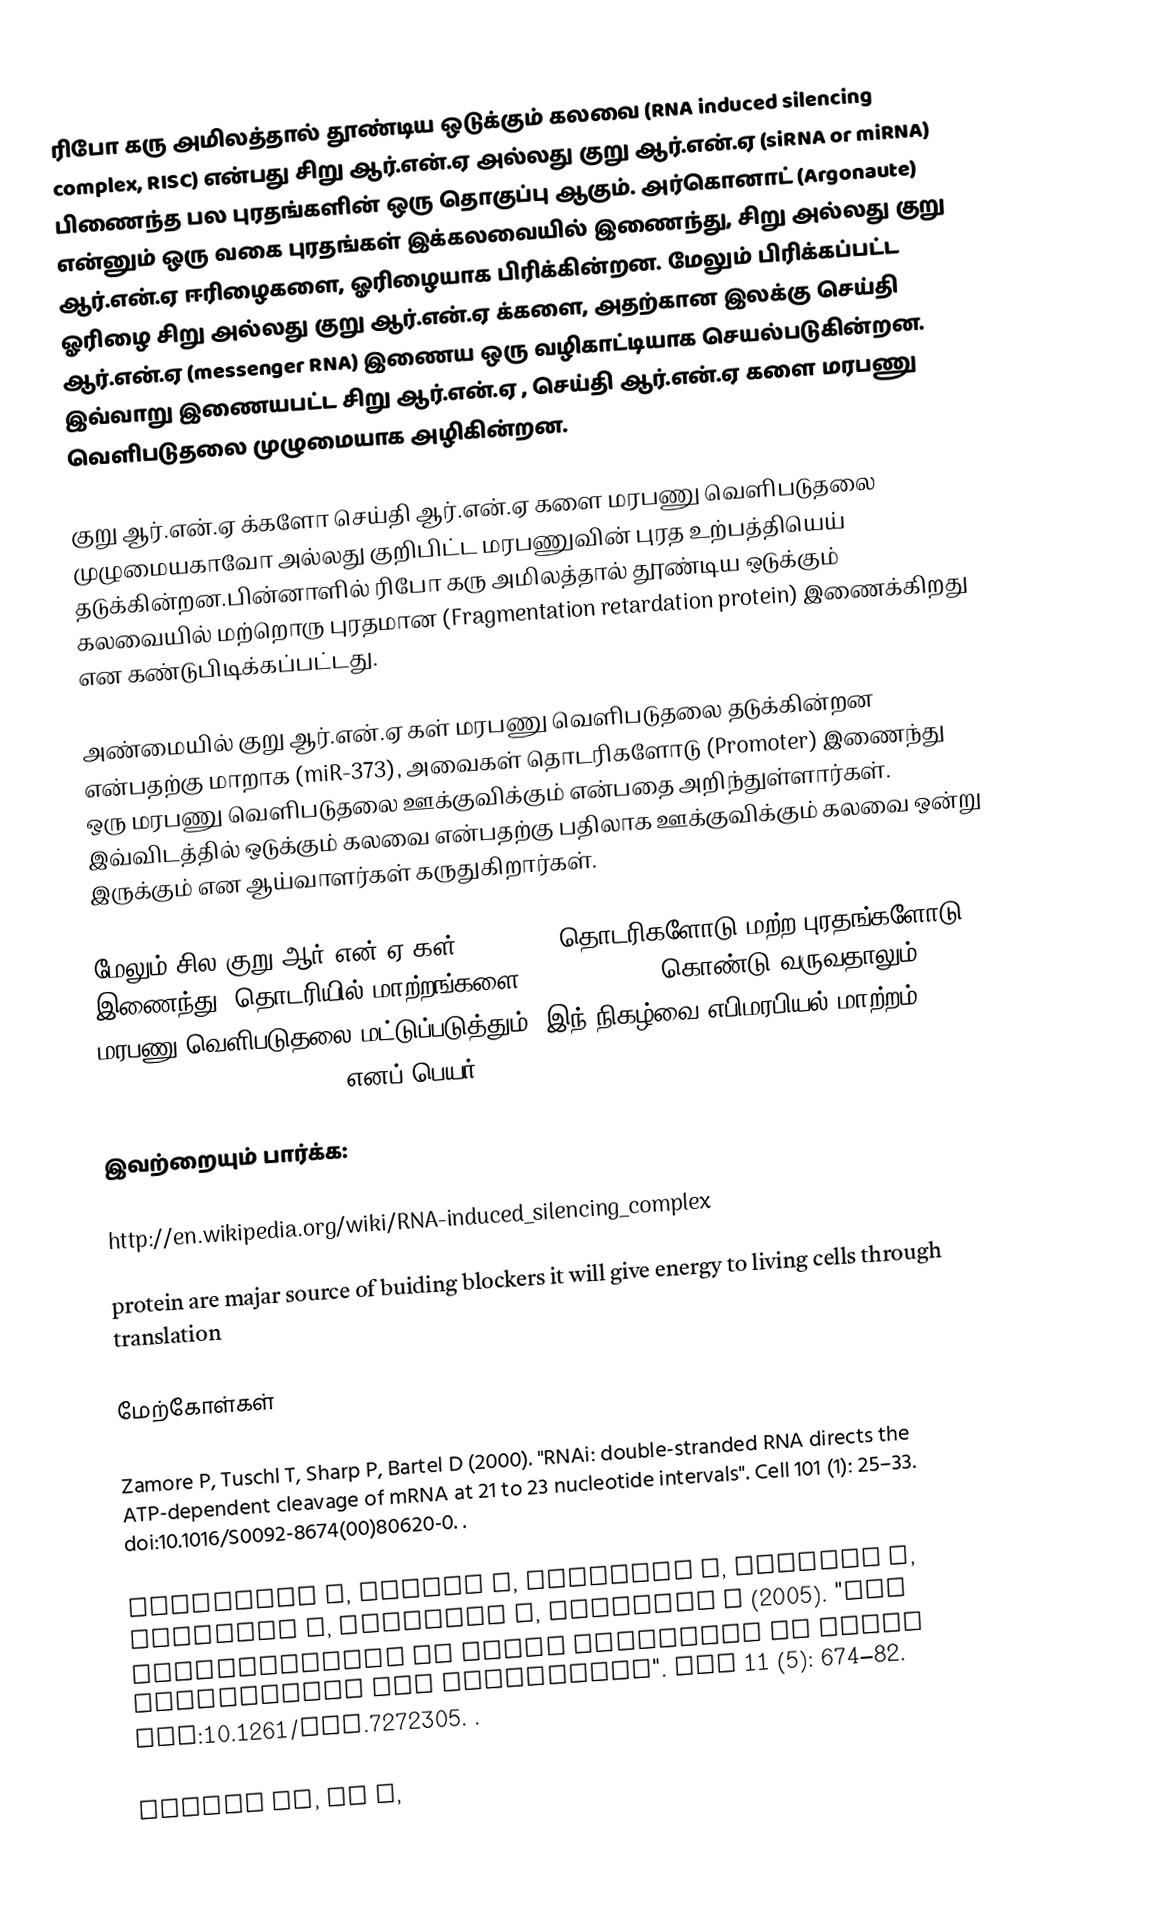
ரிபோ கரு அமிலத்தால் தூண்டிய ஒடுக்கும் கலவை (RNA induced silencing complex, RISC) என்பது சிறு ஆர்.என்.ஏ அல்லது குறு ஆர்.என்.ஏ (siRNA or miRNA) பிணைந்த பல புரதங்களின் ஒரு தொகுப்பு ஆகும். அர்கொனாட் (Argonaute) என்னும் ஒரு வகை புரதங்கள் இக்கலவையில் இணைந்து, சிறு அல்லது குறு ஆர்.என்.ஏ ஈரிழைகளை, ஓரிழையாக பிரிக்கின்றன. மேலும் பிரிக்கப்பட்ட ஓரிழை சிறு அல்லது குறு ஆர்.என்.ஏ க்களை, அதற்கான இலக்கு செய்தி ஆர்.என்.ஏ (messenger RNA) இணைய ஒரு வழிகாட்டியாக செயல்படுகின்றன. இவ்வாறு இணையபட்ட சிறு ஆர்.என்.ஏ , செய்தி ஆர்.என்.ஏ களை மரபணு வெளிபடுதலை முழுமையாக அழிகின்றன.

குறு ஆர்.என்.ஏ க்களோ  செய்தி ஆர்.என்.ஏ களை மரபணு வெளிபடுதலை முழுமையகாவோ அல்லது குறிபிட்ட மரபணுவின் புரத உற்பத்தியெய் தடுக்கின்றன.பின்னாளில்  ரிபோ கரு அமிலத்தால் தூண்டிய ஒடுக்கும் கலவையில் மற்றொரு புரதமான (Fragmentation retardation protein) இணைக்கிறது என கண்டுபிடிக்கப்பட்டது.

அண்மையில் குறு ஆர்.என்.ஏ கள் மரபணு வெளிபடுதலை தடுக்கின்றன என்பதற்கு மாறாக (miR-373), அவைகள் தொடரிகளோடு (Promoter) இணைந்து ஒரு மரபணு வெளிபடுதலை ஊக்குவிக்கும் என்பதை அறிந்துள்ளார்கள். இவ்விடத்தில் ஒடுக்கும் கலவை என்பதற்கு பதிலாக ஊக்குவிக்கும் கலவை ஒன்று இருக்கும் என ஆய்வாளர்கள் கருதுகிறார்கள்.

மேலும் சில குறு ஆர்.என்.ஏ கள் (miR-320) தொடரிகளோடு மற்ற புரதங்களோடு  இணைந்து, தொடரியில் மாற்றங்களை (methylation) கொண்டு வருவதாலும் மரபணு வெளிபடுதலை மட்டுப்படுத்தும். இந் நிகழ்வை எபிமரபியல் மாற்றம் (epigenetic modiifcation) எனப் பெயர்.

இவற்றையும் பார்க்க:

http://en.wikipedia.org/wiki/RNA-induced_silencing_complex

protein are majar source of buiding blockers it will give energy to living cells through translation

மேற்கோள்கள்

Zamore P, Tuschl T, Sharp P, Bartel D (2000). "RNAi: double-stranded RNA directs the ATP-dependent cleavage of mRNA at 21 to 23 nucleotide intervals". Cell 101 (1): 25–33. doi:10.1016/S0092-8674(00)80620-0. .

Vermeulen A, Behlen L, Reynolds A, Wolfson A, Marshall W, Karpilow J, Khvorova A (2005). "The contributions of dsRNA structure to dicer specificity and efficiency". RNA 11 (5): 674–82. doi:10.1261/rna.7272305. .

Preall JB, He Z,